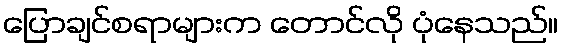
ပြောချင်စရာများက တောင်လို ပုံနေသည်။